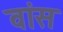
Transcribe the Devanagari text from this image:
वांस